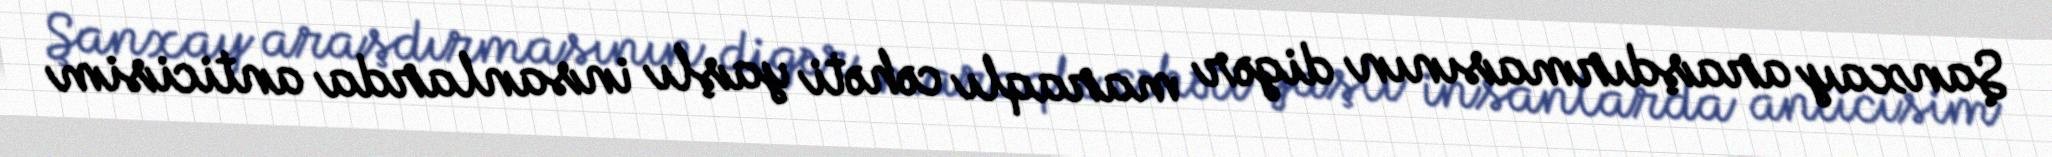
Şanxay araşdırmasının digər maraqlı cəhəti yaşlı insanlarda anticisim